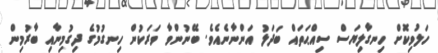
ހަލުވިކޮށް ހިނގާލިޔަސް ސިއްޙަތައް ބަދަލު އަންނާނެއެވެ. ބޭނުންވާ ވަރަކުން ހިނގުމުގެ ދިގުމިނާއި ބާރުމިން